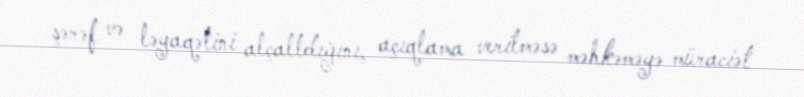
şərəf və ləyaqətini alçaltdığını, açıqlama verilməsə məhkəməyə müraciət